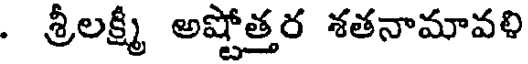
. శ్రీలక్ష్మీ అష్టోత్తర శతనామావళి